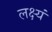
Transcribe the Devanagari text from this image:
लक्ष्यं